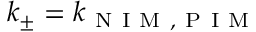
k _ { \pm } = k _ { \mathrm { ~ N ~ I ~ M ~ , ~ P ~ I ~ M ~ } }